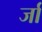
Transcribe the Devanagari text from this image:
र्जा